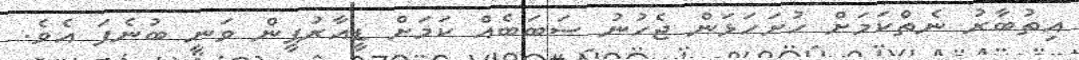
އިތުބާރު ނެތްކަމަށް ހުށަހަޅަން ޖެހުނު ސަބަބެއް ކަމަށް ޑީއާރުޕީން ވަނީ ބުނެފަ އެވެ.